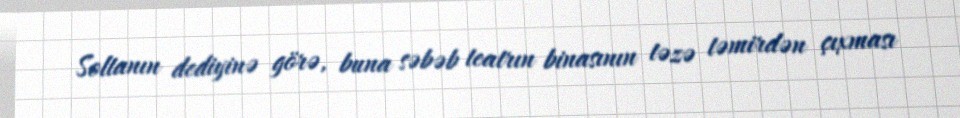
Soltanın dediyinə görə, buna səbəb teatrın binasının təzə təmirdən çıxması